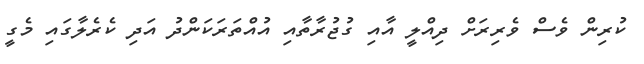
ކުރިން ވެސް ވެރިރަށް ދިއްލީ އާއި ގުޖުރާތާއި އުއްތަރަކަންދު އަދި ކެރެލާގައި މެގީ